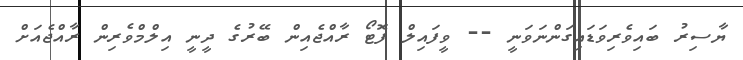
ޔާސިރު ބައިވެރިވަޑައިގަންނަވަނީ -- ވީފައިލް ފޮޓޯ ރާއްޖެއިން ބޭރުގެ ދީނީ އިލްމްވެރިން ރާއްޖެއަށް